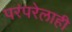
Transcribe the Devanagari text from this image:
परंपरेलाही